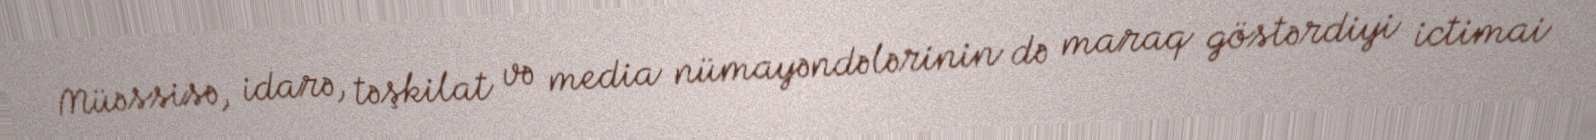
Müəssisə, idarə, təşkilat və media nümayəndələrinin də maraq göstərdiyi ictimai